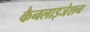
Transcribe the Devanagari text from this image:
कैनलाइजेशन